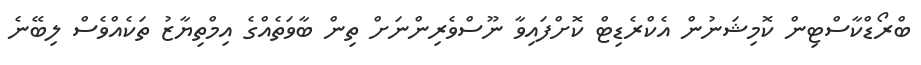
ބްރޯޑްކާސްޓިން ކޮމިޝަނުން އެކްރެޑިޓް ކޮށްފައިވާ ނޫސްވެރިންނަށް ތިން ބާވަތެއްގެ އިމްތިޔާޒު ތަކެއްވެސް ލިބޭނެ